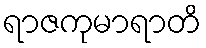
ရာဇကုမာရာတိ